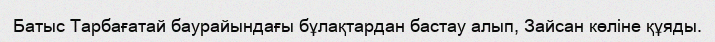
Батыс Тарбағатай баурайындағы бұлақтардан бастау алып, Зайсан көліне құяды.